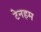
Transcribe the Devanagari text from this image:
टेनहम